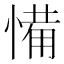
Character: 𢞎